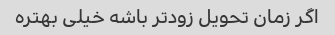
اگر زمان تحویل زودتر باشه خیلی بهتره